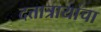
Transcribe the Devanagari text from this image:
दत्तात्रायांचा